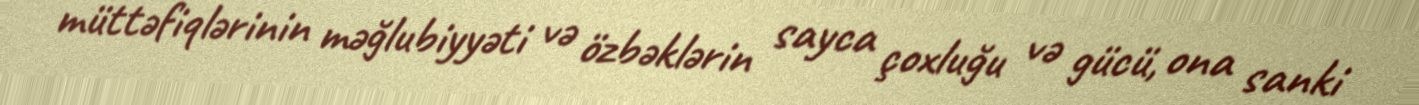
müttəfiqlərinin məğlubiyyəti və özbəklərin sayca çoxluğu və gücü, ona sanki